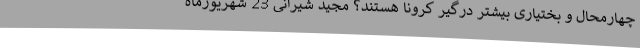
چهارمحال و بختیاری بیشتر درگیر کرونا هستند؟ مجید شیرانی 23 شهریورماه